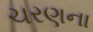
ચરણના